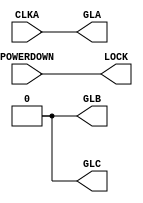
module clk_gen
  (
   input POWERDOWN,
   input CLKA,
   output LOCK,
   output GLA,
   output GLB,
   output GLC
   );

   assign LOCK = POWERDOWN;
   assign GLA = CLKA;
   assign GLB = 1'b0;
   assign GLC = 1'b0;
endmodule // clk_gen